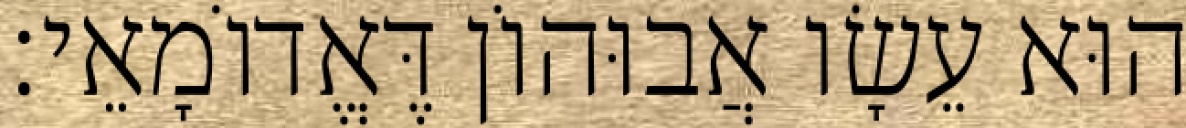
הוּא עֵשָׂו אֲבוּהוֹן דֶּאֱדוֹמָאֵי׃